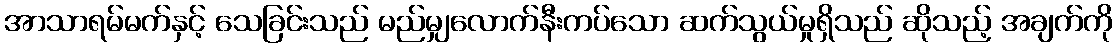
အာသာရမ်မက်နှင့် သေခြင်းသည် မည်မျှလောက်နီးကပ်သော ဆက်သွယ်မှုရှိသည် ဆိုသည့် အချက်ကို